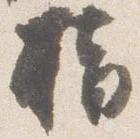
指